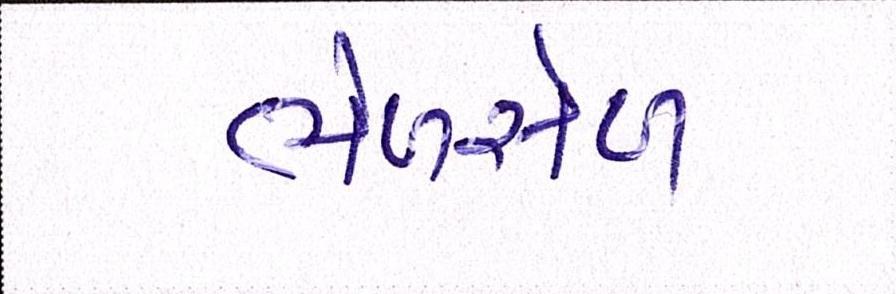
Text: ભેળસેળ